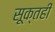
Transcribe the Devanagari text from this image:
सूक्तही